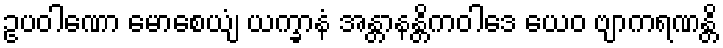
ဥပဝါဏော မောစေယျံ ယက္ခာနံ အန္တာနန္တိကဝါဒေ ယေဝ ဗျာကရဏန္တိ